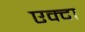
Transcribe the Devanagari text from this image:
एक्दा